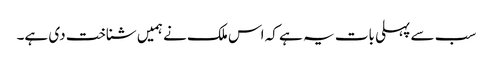
سب سے پہلی بات یہ ہے کہ اس ملک نے ہمیں شناخت دی ہے۔